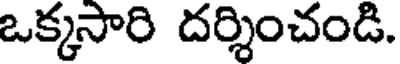
ఒక్కసారి దర్శించండి.